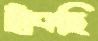
ছাঁকছি